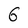
Character: 6